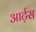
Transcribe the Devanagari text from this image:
आर्ट़स